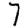
Digit: 7